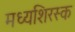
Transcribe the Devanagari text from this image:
मध्यशिरस्क